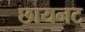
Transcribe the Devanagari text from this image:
छायनट